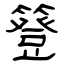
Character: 簦